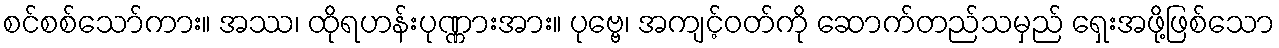
စင်စစ်သော်ကား။ အဿ၊ ထိုရဟန်းပုဏ္ဏားအား။ ပုဗ္ဗေ၊ အကျင့်ဝတ်ကို ဆောက်တည်သမှည် ရှေးအဖို့ဖြစ်သော